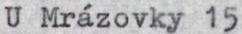
U Mrázovky 15